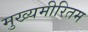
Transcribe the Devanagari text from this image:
मुख्यमीरितम